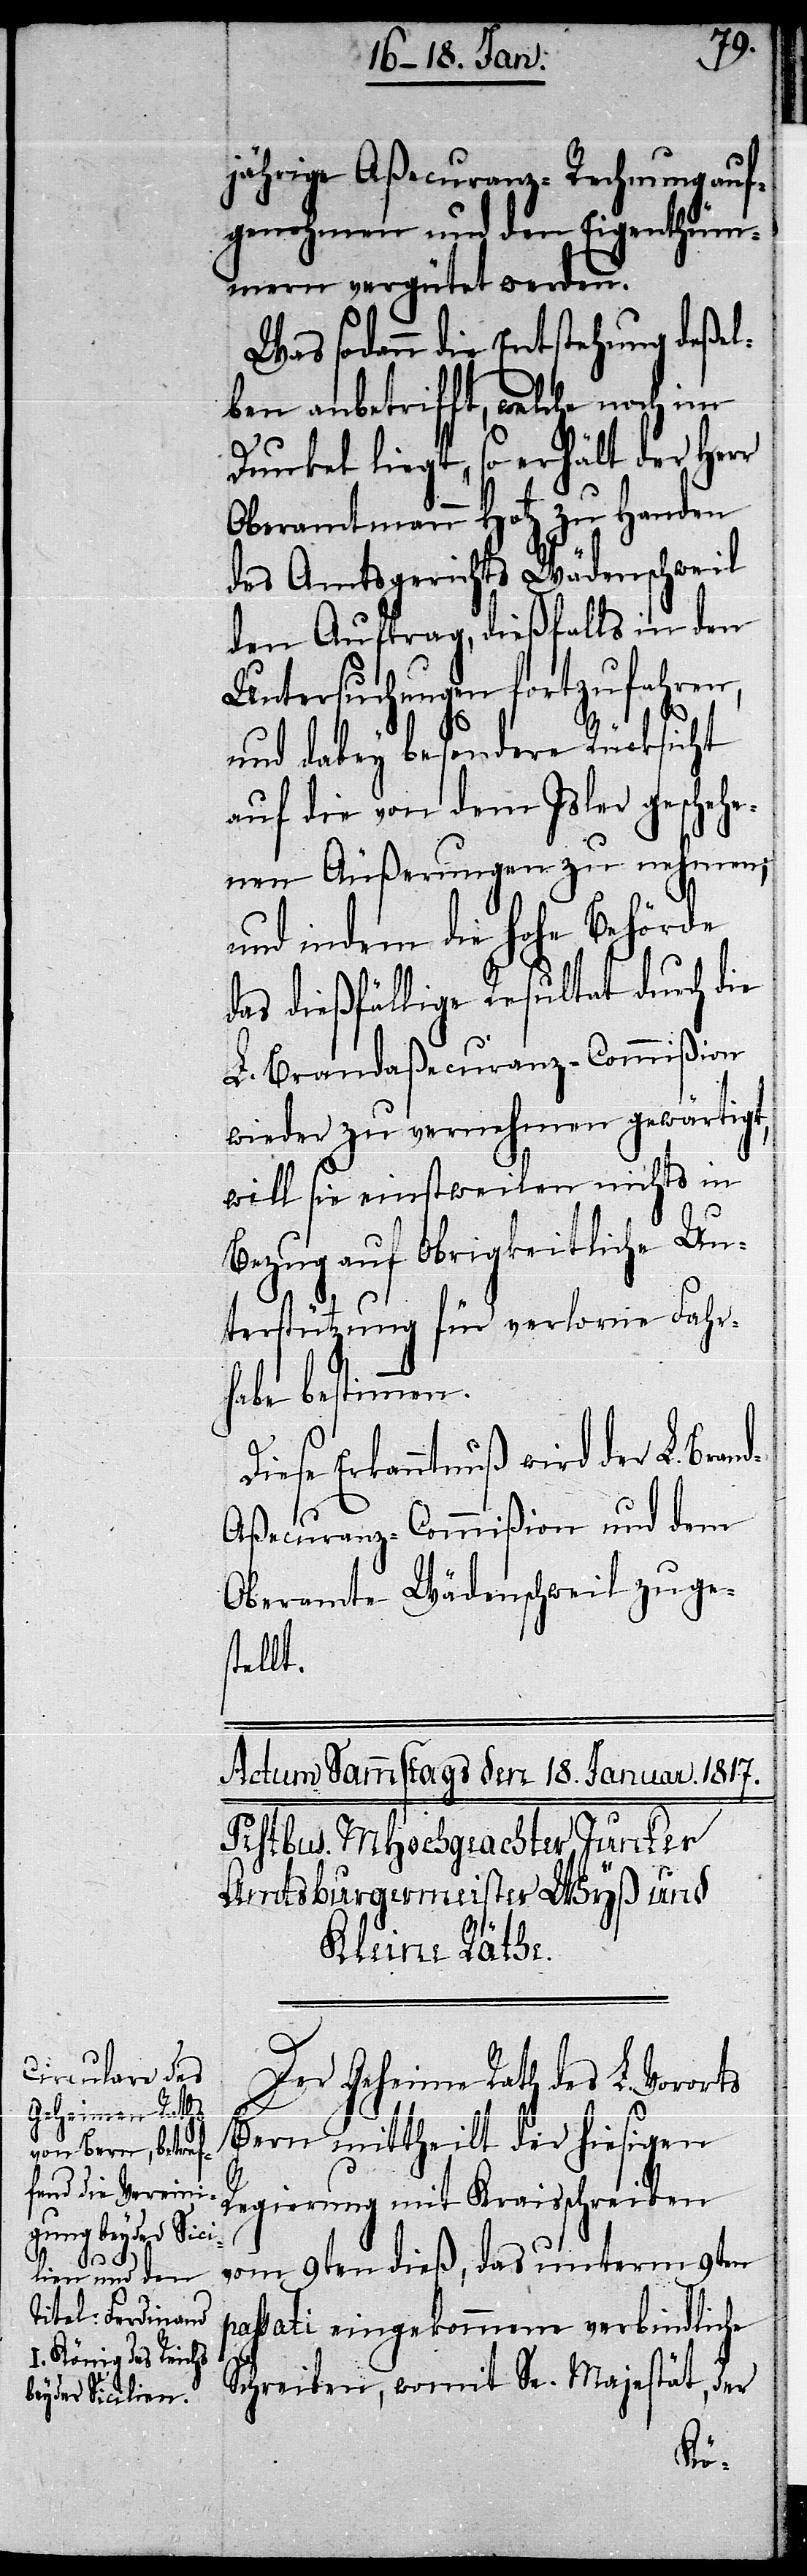
jährige Aßecuranz-Rechnung auf¬
genohmen und den Eigenthüm¬
mern vergütet werden.
Was sodann die Entstehung deßel¬
ben anbetrifft, welche noch im
Dunkel liegt, so erhält der Herr
Oberamtmann Hotz zu Handen
des Amtsgerichts Wädenschweil
den Auftrag, dießfalls in den
Untersuchungen fortzufahren,
und dabey besondere Rücksicht
auf die von dem Isler geschehe¬
nen Äußerungen zu nehmen;
und indem die hohe Behörde
das dießfällige Resultat durch die
L. Brandaßecuranz-Commißion
wieder zu vernehmen gewärtigt,
will sie einstweilen nichts in
Bezug auf obrigkeitliche Un¬
terstützung für verlorne Fahr¬
habe bestimmen.
Diese Erkanntnuß wird der L. Bran¬
d-Aßecuranz-Commißion und dem
Oberamte Wädenschweil zuges¬
tellt.
Der Geheime Rath des L. Vororts
Bern mittheilt der hiesigen
Regierung mit Kraisschreiben
vom 9ten dieß, das unterm 9ten
passati eingekommene verbindliche
Schreiben, womit Sr. Majestät, der